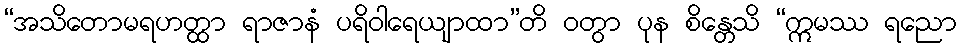
“အသိတောမရဟတ္ထာ ရာဇာနံ ပရိဝါရေယျာထာ”တိ ဝတွာ ပုန စိန္တေသိ “ဣမဿ ရညော